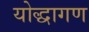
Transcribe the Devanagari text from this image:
योद्धागण